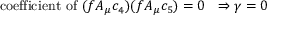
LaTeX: \mathrm { c o e f f i c i e n t ~ o f ~ } ( f A _ { \mu } c _ { 4 } ) ( f A _ { \mu } c _ { 5 } ) = 0 \ \ \Rightarrow \gamma = 0